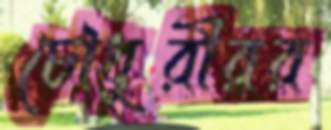
চৌধুরীরর